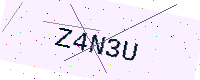
Text: Z4N3U